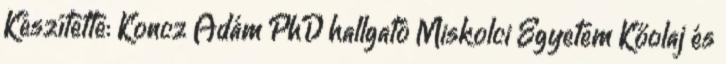
Készítette: Koncz Ádám PhD hallgató Miskolci Egyetem Kőolaj és